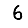
Digit: 6